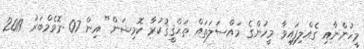
މީހުންނާއި ގެއްލިފައިވާ މީހުންގެ މައްސަލަތައް ތަޙްޤީޤުކުރާ ކޮމިޝަން" އިން 07 ނޮވެމްބަރު 2019